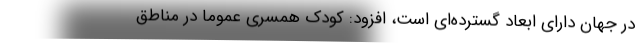
در جهان دارای ابعاد گسترده‌ای است، افزود: کودک همسری عموماً در مناطق